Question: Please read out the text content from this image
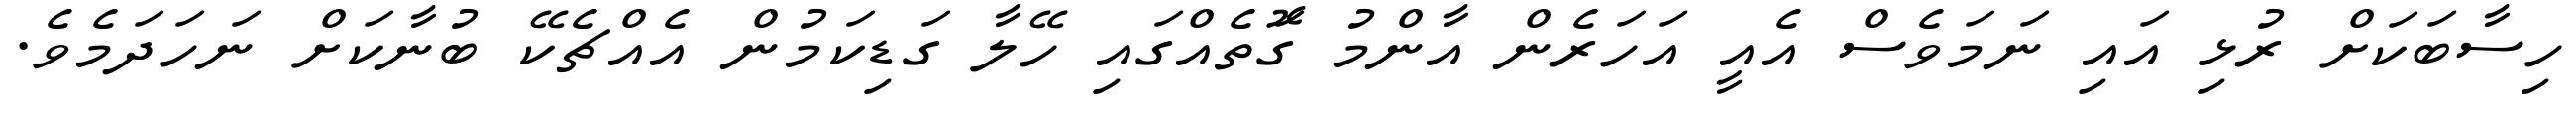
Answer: ހިސާބަކަށް ރުޅި އައި ނަމަވެސް އެއީ އަހަރެން އާންމު ގޮަތެއްގައި ހޭލާ ގަޑިކަމުން އެއްޗެކޭ ބުނާކަށް ނަހަދަމެވެ.